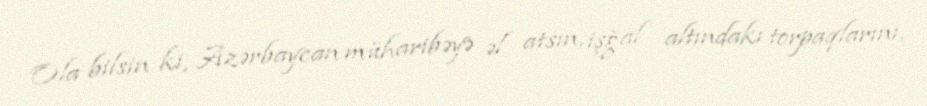
Ola bilsin ki, Azərbaycan müharibəyə əl atsın, işğal altındakı torpaqlarını,